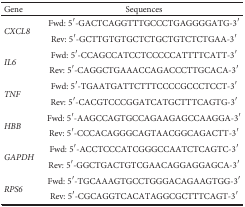
| Gene | Sequences |
 | --- | --- |
 | <ROWSPAN=2> CXCL8 | Fwd: 5′-GACTCAGGTTTGCCCTGAGGGGATG-3′ |
 | Rev: 5′-GCTTGTGTGCTCTGCTGTCTCTGAA-3′ |
 | <ROWSPAN=2> IL6 | Fwd: 5′-CCAGCCATCCTCCCCCATTTTCATT-3′ |
 | Rev: 5′-CAGGCTGAAACCAGACCCTTGCACA-3′ |
 | <ROWSPAN=2> TNF | Fwd: 5′-TGAATGATTCTTTCCCCGCCCTCCT-3′ |
 | Rev: 5′-CACGTCCCGGATCATGCTTTCAGTG-3′ |
 | <ROWSPAN=2> HBB | Fwd: 5′-AAGCCAGTGCCAGAAGAGCCAAGGA-3′ |
 | Rev: 5′-CCCACAGGGCAGTAACGGCAGACTT-3′ |
 | <ROWSPAN=2> GAPDH | Fwd: 5′-ACCTCCCATCGGGCCAATCTCAGTC-3′ |
 | Rev: 5′-GGCTGACTGTCGAACAGGAGGAGCA-3′ |
 | <ROWSPAN=2> RPS6 | Fwd: 5′-TGCAAAGTGCCTGGGACAGAAGTGG-3′ |
 | Rev: 5′-CGCAGGTCACATAGGCGCTTTCAGT-3′ |